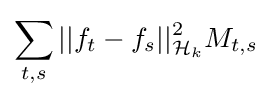
\sum _{t,s}||f_{t}-f_{s}||_{{\mathcal {H}}_{k}}^{2}M_{t,s}